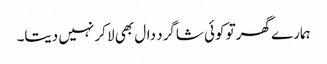
ہمارے گھر تو کوئی شاگرد دال بھی لا کر نہیں دیتا۔